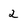
Character: 2